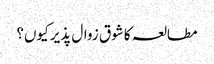
مطالعہ کا شوق زوال پذیر کیوں؟